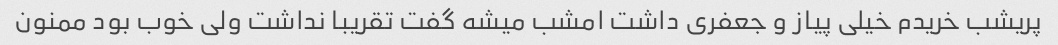
پریشب خریدم خیلی پیاز و جعفری داشت امشب میشه گفت تقریبا نداشت ولی خوب بود ممنون